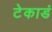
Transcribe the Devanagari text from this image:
टेकाडं